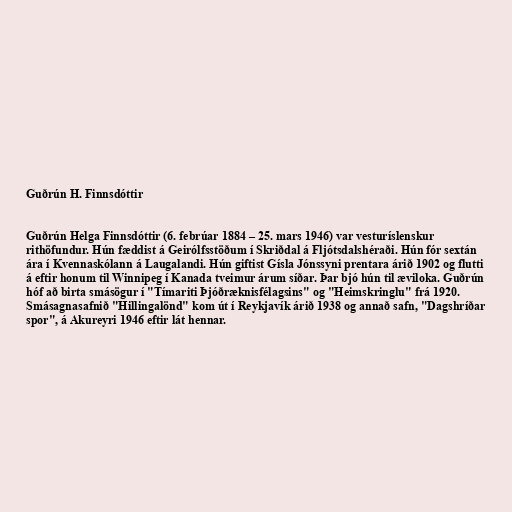
Guðrún H. Finnsdóttir

Guðrún Helga Finnsdóttir (6. febrúar 1884 – 25. mars 1946) var vesturíslenskur
rithöfundur. Hún fæddist á Geirólfsstöðum í Skriðdal á Fljótsdalshéraði. Hún fór sextán
ára í Kvennaskólann á Laugalandi. Hún giftist Gísla Jónssyni prentara árið 1902 og flutti
á eftir honum til Winnipeg í Kanada tveimur árum síðar. Þar bjó hún til æviloka. Guðrún
hóf að birta smásögur í "Tímariti Þjóðræknisfélagsins" og "Heimskringlu" frá 1920.
Smásagnasafnið "Hillingalönd" kom út í Reykjavík árið 1938 og annað safn, "Dagshríðar
spor", á Akureyri 1946 eftir lát hennar.